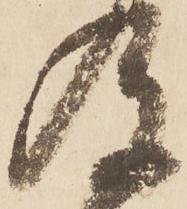
及